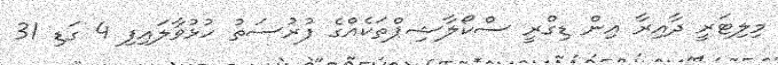
މިލިޓަރީ ދާއިރާ އިން ޑިގްރީ ސްކޯލާޝިޕްތަކެއްގެ ފުރުސަތު ހުޅުވާލައިފި 4 ގަޑި 31